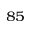
^ { 8 5 }